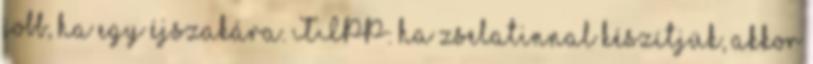
jobb, ha egy éjszakára. TIPP: ha zselatinnal készítjük, akkor